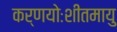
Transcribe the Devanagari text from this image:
कर्णयोःशीतमायु